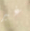
غير